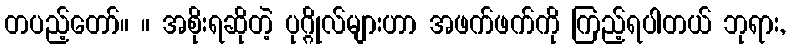
တပည့်တော်။ ။ အစိုးရဆိုတဲ့ ပုဂ္ဂိုလ်များဟာ အဖက်ဖက်ကို ကြည့်ရပါတယ် ဘုရား,